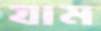
যাম